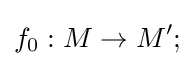
f_{0}:M\to M';